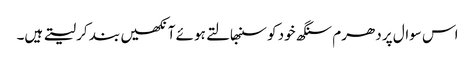
اس سوال پر دھرم سنگھ خود کو سنبھالتے ہوئے آنکھیں بند کر لیتے ہیں۔